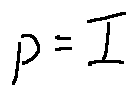
p = I